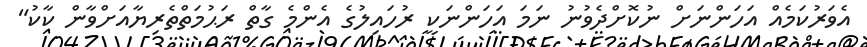
އެވަރުކަމެއް އަހަންނަށް ނުކޮށްދެވުނު ނަމަ އަހަންނަކީ ރުހައިލުގެ އެންމެ ގާތް ރަޙުމަތްތެރިޔާއަށްވާން ކާކު"